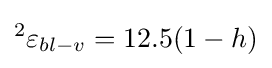
^{2}\varepsilon _{bl-v}=12.5(1-h)